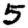
Digit: 5